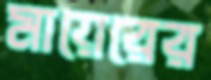
মায়েরের